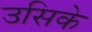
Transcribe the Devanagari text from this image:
उसिके